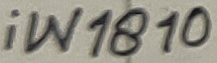
Text: iW1810